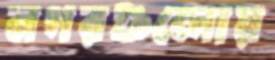
নগরগুলোয়